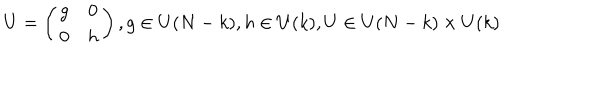
LaTeX: U = \left( \begin{array} { c c } { { g } } & { { 0 } } \\ { { 0 } } & { { h } } \\ \end{array} \right) , g \in U ( N - k ) , h \in U ( k ) , U \in U ( N - k ) \times U ( k )